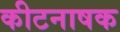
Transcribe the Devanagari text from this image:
कीटनाषक